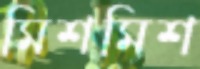
মিশমিশ